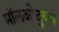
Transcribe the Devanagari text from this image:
मॉलओद्य्च